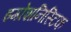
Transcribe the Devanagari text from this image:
इम्प्रेशनिस्टिक